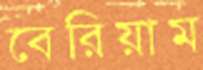
বেরিয়াম